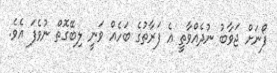
ފޯނަށް ޖަވާބު ނުދެއްވާތީ އެ ފަރާތުގެ ބަހެއް ވަނީ ލިބޭގޮތް ނުވެފަ އެވެ.